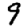
Digit: 9